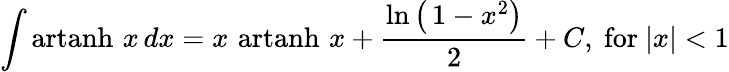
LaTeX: \int\operatorname{artanh}\, x\, dx=x\, \operatorname{artanh}\, x+{\frac{\ln\left(\, 1-x^{2}\right)}{2}}+C,{\mathrm{~for~}}\vert x\vert<1